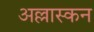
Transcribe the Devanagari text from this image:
अल्लास्कन